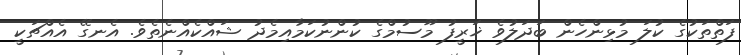
ފަތްތަކުގެ ކުލަ މުޅިންހެން ބަދަލުވެ ޚަރީފު މޫސުމްގެ ކުންނުކަމާއިމެދު ޝައްކެއްނެތެވެ. އެނގޭ އެއްޗަކީ